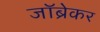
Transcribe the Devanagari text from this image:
जॉब्रेकर